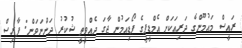
ރައީސް މައުމޫންގެ ދަރިއަކަށް އެމްޑީޕީގެ ޕޯޑިއަމުން ޖާގަ ދެއްވީތީ ޝުކުރު ދަންނަވަން: ފާރިސް